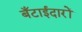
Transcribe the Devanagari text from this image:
बँटाईदारों